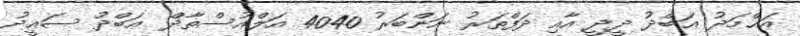
އަޙްމަދު ޢަބްދު ދީދީ އާއި ދަފްތަރު ނަންބަރު 4040 އަލްއުސްތާޛް ޢަބްދު ސަޢީދު